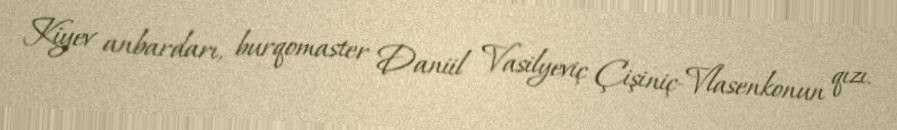
Kiyev anbardarı, burqomaster Daniil Vasilyeviç Çişiniç-Vlasenkonun qızı.